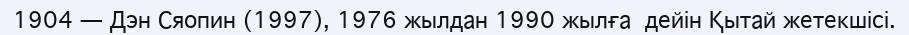
1904 — Дэн Сяопин (1997), 1976 жылдан 1990 жылға  дейін Қытай жетекшісі.